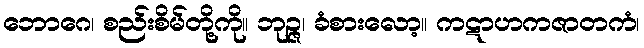
ဘောဂေ၊ စည်းစိမ်တို့ကို။ ဘုဉ္ဇ၊ ခံစားလော့။ ကဋာဟကဇာတကံ၊